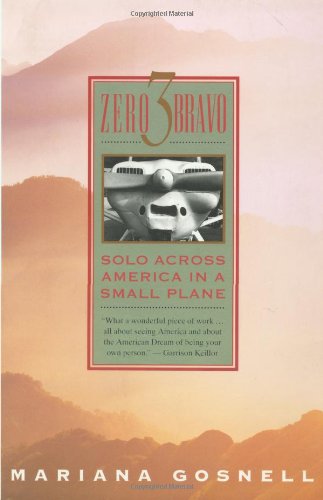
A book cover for Zero 3 Bravo: Solo Across America in a Small Plane; Mariana Gosnell; Travel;